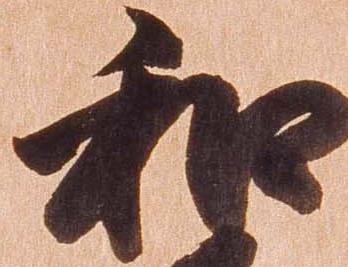
和